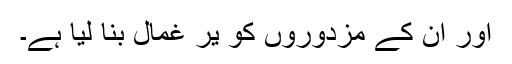
اور ان کے مزدوروں کو یر غمال بنا لیا ہے۔